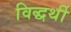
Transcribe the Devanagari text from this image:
विद्धर्थी